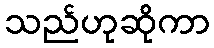
သည်ဟုဆိုကာ